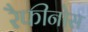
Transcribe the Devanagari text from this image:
रैफीनोस